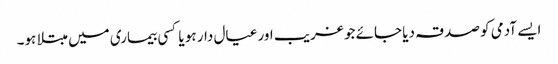
ایسے آدمی کو صدقہ دیا جائے جو غریب اور عیال دار ہو یا کسی بیماری میں مبتلا ہو۔